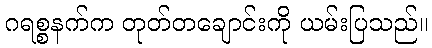
ဂရစ္စနက်က တုတ်တချောင်းကို ယမ်းပြသည်။